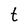
Character: t